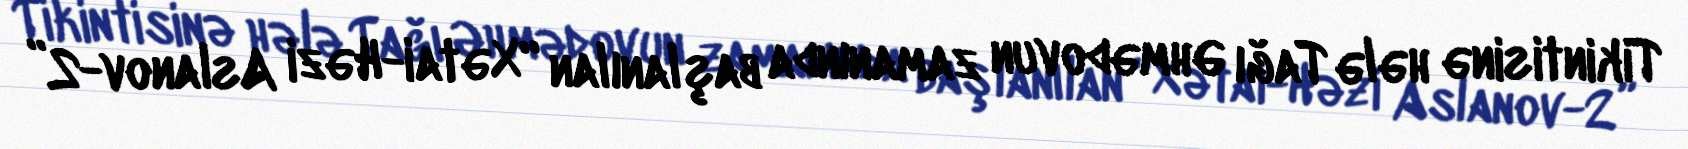
Tikintisinə hələ Tağı Əhmədovun zamanında başlanılan “Xətai-Həzi Aslanov-2”